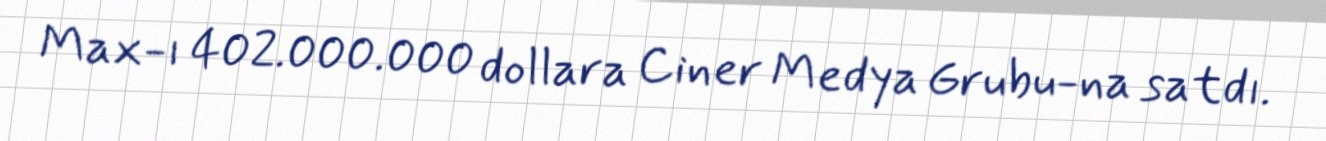
Max-ı 402.000.000 dollara Ciner Medya Grubu-na satdı.